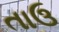
તાઉ